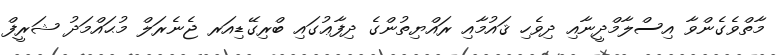
މާތްވެގެންވާ އިސްލާމްދީނާއި ދިވެހި ޤައުމާއި ރައްޔިތުންގެ ދިފާޢުގައި ބްރިގޭޑިއަރ ޖެނެރަލް މުޙައްމަދު ޝަރީފް